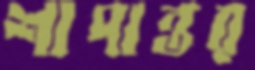
শাপান্তর